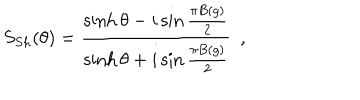
S _ { S h } ( \theta ) = \frac { \sinh \theta - i \sin \frac { \pi B ( g ) } { 2 } } { \sinh \theta + i \sin \frac { \pi B ( g ) } { 2 } } \, \, \, ,